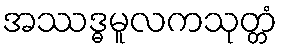
အဿဒ္ဓမူလကသုတ္တံ